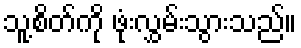
သူ့စိတ်ကို ဖုံးလွှမ်းသွားသည်။